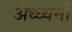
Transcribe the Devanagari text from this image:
अध्ध्यनों